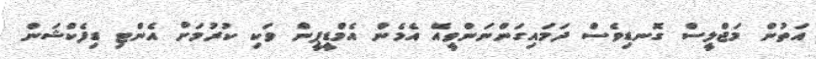
އަތުން މަޖްލީސް ގޮނޑިވެސް ދަމައިގަންނަންވީއޭ އެމެން އެމްޑީޕީން ވަކި ކުރުމަށް އެންޓި ޑިފެކްޝަން